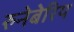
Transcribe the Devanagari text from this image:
रुनेबेरिय